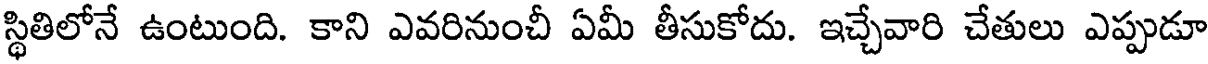
స్థితిలోనే ఉంటుంది. కాని ఎవరినుంచీ ఏమీ తీసుకోదు. ఇచ్చేవారి చేతులు ఎప్పుడూ